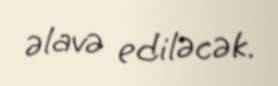
əlavə ediləcək.